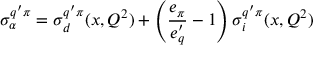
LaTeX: \sigma _ { \alpha } ^ { q ^ { \prime } \pi } = \sigma _ { d } ^ { q ^ { \prime } \pi } ( x , Q ^ { 2 } ) + \left( \frac { e _ { \pi } } { e _ { q } ^ { \prime } } - 1 \right) \sigma _ { i } ^ { q ^ { \prime } \pi } ( x , Q ^ { 2 } )